Problem: 8 × 2 = ?
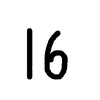
Handwritten answer: 16